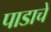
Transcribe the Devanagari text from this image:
पाडाचे